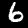
Digit: 6